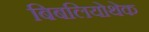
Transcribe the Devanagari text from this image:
बिबलियोथेक